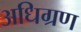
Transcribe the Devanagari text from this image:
अधिग्रण